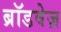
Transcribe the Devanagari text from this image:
ब्रॉडवेज़